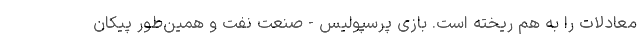
معادلات را به هم ریخته است. بازی پرسپولیس - صنعت نفت و همین‌طور پیکان